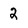
Character: 2